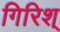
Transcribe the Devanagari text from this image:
गिरिश्